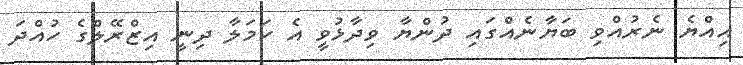
އިއްޔެ ނެރުއްވި ބަޔާނެއްގައި ދުންޔާ ވިދާޅުވީ އެ ހަމަލާ ދިނީ އިޒްރޭލްގެ ހުއްދަ